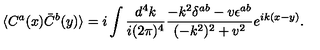
\langle C ^ { a } ( x ) \bar { C } ^ { b } ( y ) \rangle = i \int { \frac { d ^ { 4 } k } { i ( 2 \pi ) ^ { 4 } } } { \frac { - k ^ { 2 } \delta ^ { a b } - v \epsilon ^ { a b } } { ( - k ^ { 2 } ) ^ { 2 } + v ^ { 2 } } } e ^ { i k ( x - y ) } .